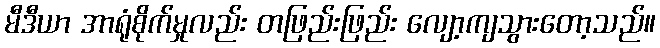
မီဒီယာ အာရုံစိုက်မှုလည်း တဖြည်းဖြည်း လျော့ကျသွားတော့သည်။